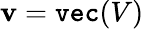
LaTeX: \mathbf{v}=\texttt{vec}(V)